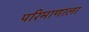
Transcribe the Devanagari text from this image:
परिमाणाला